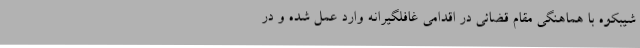
شیبکوه با هماهنگی مقام قضائی در اقدامی غافلگیرانه وارد عمل شده و در